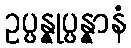
ဥပ္ပန္နုပ္ပန္နာနံ